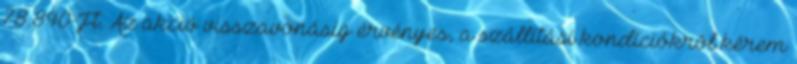
78.840-Ft. Az akció visszavonásig érvényes, a szállítási kondíciókról kérem